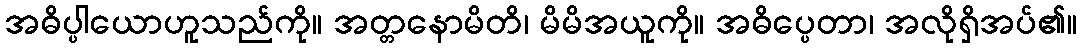
အဓိပ္ပါယောဟူသည်ကို။ အတ္တနောမိတိ၊ မိမိအယူကို။ အဓိပ္ပေတာ၊ အလိုရှိအပ်၏။